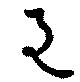
色